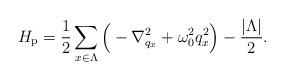
LaTeX: \begin{align*}H_{\mathrm{p}}= \frac{1}{2}\sum_{x\in \Lambda}\Big(-\nabla_{q_x}^2+\omega_0^2 q^2_x\Big)- \frac{|\Lambda|}{2}.\end{align*}